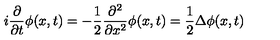
i \frac { \partial } { \partial t } \phi ( x , t ) = - \frac { 1 } { 2 } \frac { \partial ^ { 2 } } { \partial x ^ { 2 } } \phi ( x , t ) = \frac { 1 } { 2 } \Delta \phi ( x , t )